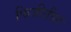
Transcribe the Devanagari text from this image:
फिजीतील